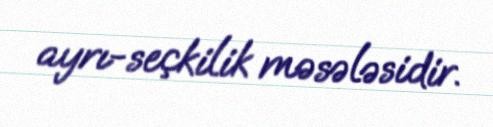
ayrı-seçkilik məsələsidir.